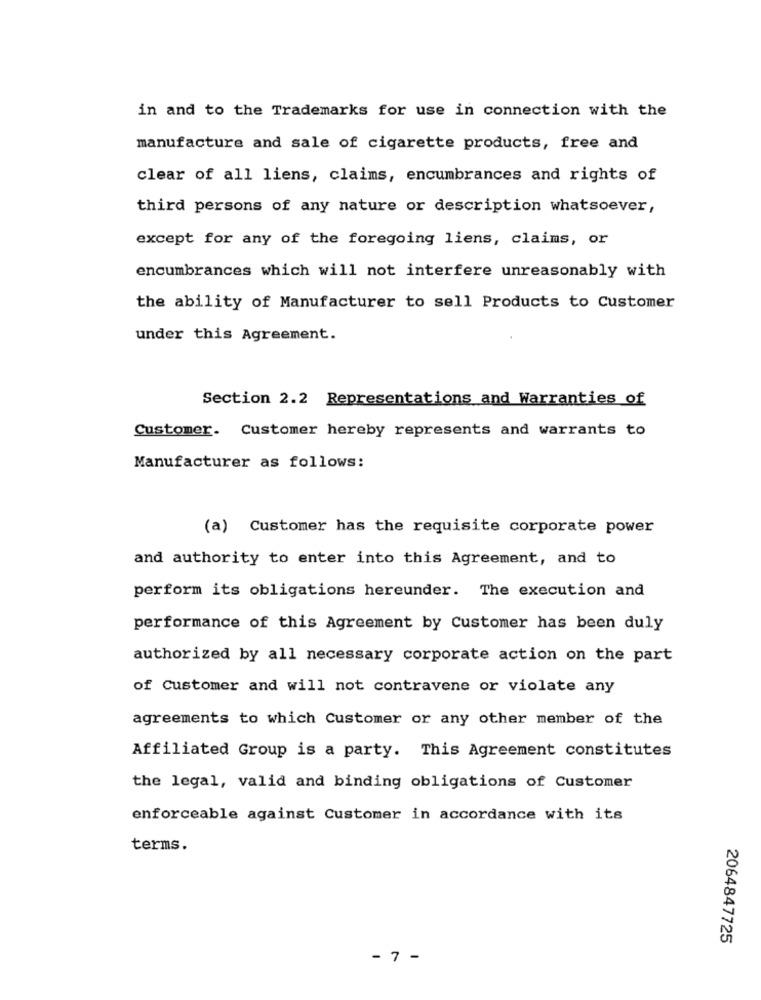
in and to the Trademarks for use in connection with the
manufacture and sale of cigarette products, free and
clear of all liens, claims, encumbrances and rights of
third persons of any nature or description whatsoever,
except for any of the foregoing liens, claims, or
encumbrances which will not interfere unreasonably with
the ability of Manufacturer to sell Products to Customer
under this Agreement.
Section 2.2 Representations and Warranties of
Customer. Customer hereby represents and warrants to
Manufacturer as follows:
(a) Customer has the requisite corporate power
and authority to enter into this Agreement, and to
perform its obligations hereunder. The execution and
performance of this Agreement by Customer has been duly
authorized by all necessary corporate action on the part
of Customer and will not contravene or violate any
agreements to which Customer or any other member of the
Affiliated Group is a party. This Agreement constitutes
the legal, valid and binding obligations of Customer
enforceable against Customer in accordance with its
terms.
2064847725
- 7 -